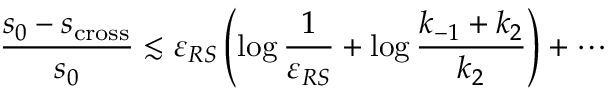
\frac { s _ { 0 } - s _ { \mathrm { c r o s s } } } { s _ { 0 } } \lesssim \varepsilon _ { R S } \left( \log \frac { 1 } { \varepsilon _ { R S } } + \log \frac { k _ { - 1 } + k _ { 2 } } { k _ { 2 } } \right) + \cdots